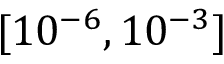
[ 1 0 ^ { - 6 } , 1 0 ^ { - 3 } ]